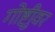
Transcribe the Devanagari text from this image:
गोष्टीुवर